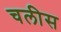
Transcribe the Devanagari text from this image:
चलीस